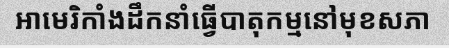
អាមេរិកាំងដឹកនាំធ្វើបាតុកម្មនៅមុខសភា